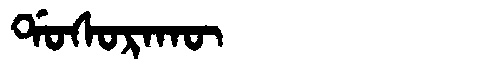
Manchu: ᡩᠣᠰᠣᡵᠠᡴᡡ
Romanization: DOSORAKŪ